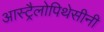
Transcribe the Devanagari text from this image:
आस्ट्रैलोपिथेसीनी